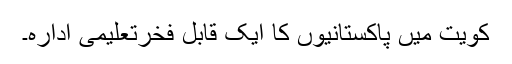
کویت میں پاکستانیوں کا ایک قابل فخرتعلیمی ادارہ۔